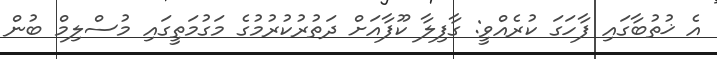
އެ ޚުތުބާގައި ފާހަގަ ކުރެއްވީ: ގާފިލާ ކޫފާއަށް ދަތުރުކުރުމުގެ މަގުމަތީގައި މުސްލިމް ބުން